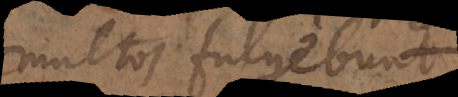
multos fulgebunt